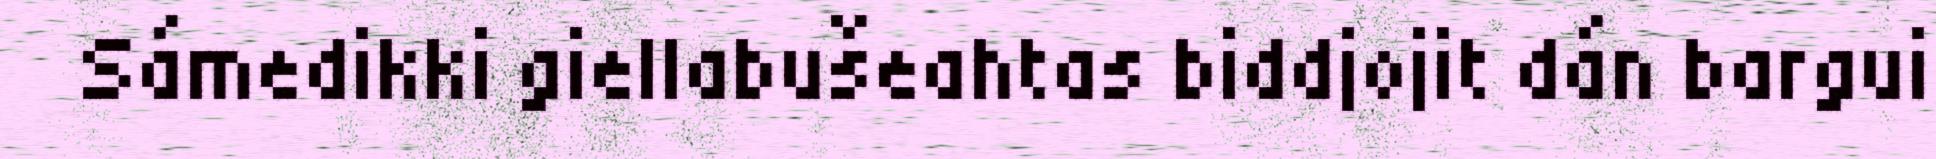
Sámedikki giellabušeahtas biddjojit dán bargui